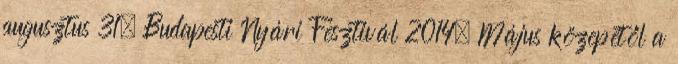
augusztus 31. Budapesti Nyári Fesztivál 2014. Május közepétől a